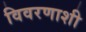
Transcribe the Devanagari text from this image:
विवरणाशी